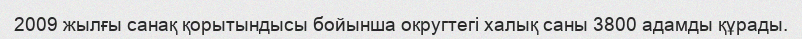
2009 жылғы санақ қорытындысы бойынша округтегі халық саны 3800 адамды құрады.